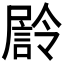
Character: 𭕴